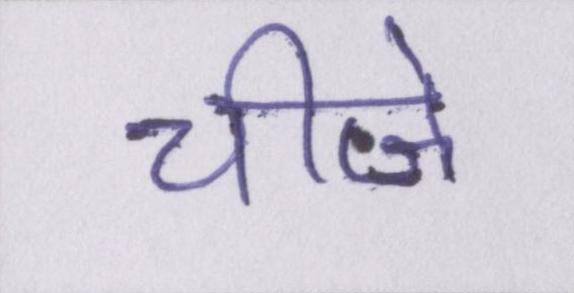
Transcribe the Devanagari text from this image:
चीजे